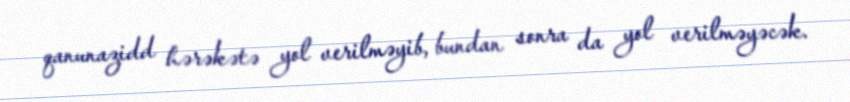
qanunazidd hərəkətə yol verilməyib, bundan sonra da yol verilməyəcək.